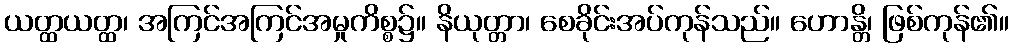
ယတ္ထယတ္ထ၊ အကြင်အကြင်အမှုကိစ္စ၌။ နိယုတ္တာ၊ စေခိုင်းအပ်ကုန်သည်။ ဟောန္တိ၊ ဖြစ်ကုန်၏။